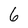
Character: 6